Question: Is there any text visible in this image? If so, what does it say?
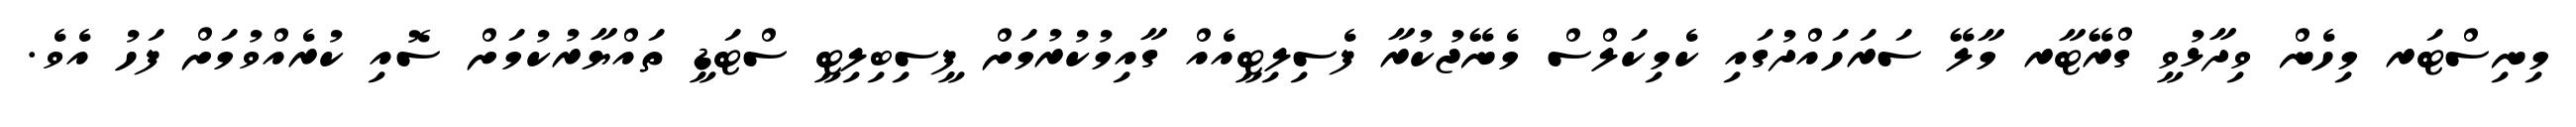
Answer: މިނިސްޓަރ މިހެން ވިދާޅުވީ ގްރޭޓާރ މާލޭ ސަރަހައްދުގައި ކެމިކަލްސް މެނޭޖުކުރާ ފެސިލިޓީއެއް ގާއިމުކުރުމަށް ފީސިބިލިޓީ ސްޓަޑީ ތައްޔާރުކުމަށް ސޮއި ކުރެއްވުމަށް ފަހު އެވެ.